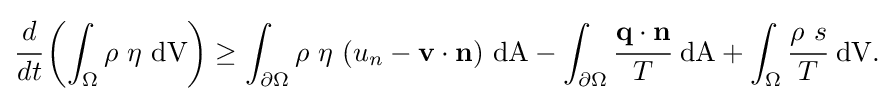
{{\cfrac {d}{dt}}\left(\int _{\Omega }\rho ~\eta ~{\text{dV}}\right)\geq \int _{\partial \Omega }\rho ~\eta ~(u_{n}-\mathbf {v} \cdot \mathbf {n} )~{\text{dA}}-\int _{\partial \Omega }{\cfrac {\mathbf {q} \cdot \mathbf {n} }{T}}~{\text{dA}}+\int _{\Omega }{\cfrac {\rho ~s}{T}}~{\text{dV}}.}